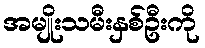
အမျိုးသမီးနှစ်ဦးကို